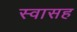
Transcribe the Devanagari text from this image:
स्‍वासह